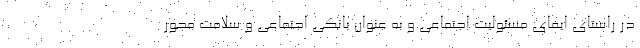
در راستای ایفای مسئولیت اجتماعی و به عنوان بانکی اجتماعی و سلامت محور